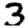
Digit: 3